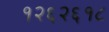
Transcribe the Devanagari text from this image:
१२६२६१८